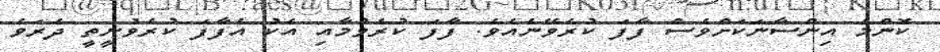
ކޮންމެ އިންސާނަކަށްވެސް ފާފަ ކުރެވޭނެއެވެ. ފާފަ ކުރެވުމާއި އެކު އެފާފަ ކުރެވުނީތީ ދެރަވެ